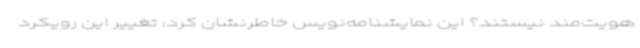
هویت‌مند نیستند؟ این نمایشنامه‌نویس خاطرنشان کرد: تغییر این رویکرد